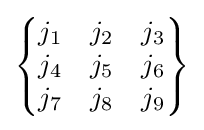
{\begin{Bmatrix}j_{1}&j_{2}&j_{3}\\j_{4}&j_{5}&j_{6}\\j_{7}&j_{8}&j_{9}\end{Bmatrix}}